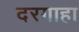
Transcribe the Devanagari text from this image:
दरगाहा